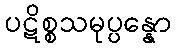
ပဋိစ္စသမုပ္ပန္နော